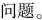
问题。